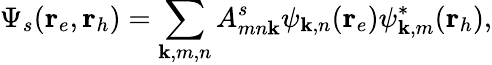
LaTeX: \Psi_{s}(\textbf{r}_{e},\textbf{r}_{h})=\sum_{\textbf{k},m,n}A_{mn\textbf{k}}^{s}\psi_{\textbf{k},n}(\textbf{r}_{e})\psi_{\textbf{k},m}^{*}(\textbf{r}_{h}),